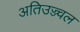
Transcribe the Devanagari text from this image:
अतिउज्ज्वल